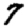
Digit: 7